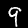
Digit: 9